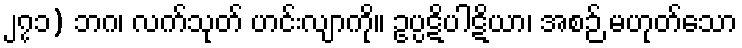
၂၇၁) ဘဂ၊ လက်သုတ် ဟင်းလျာကို။ ဥပ္ပဋိပါဋိယာ၊ အစဉ် မဟုတ်သော